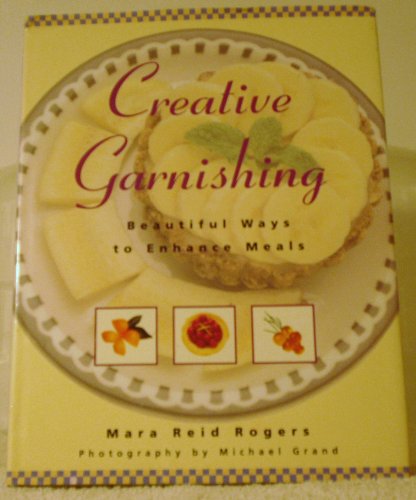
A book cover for Creative Garnishing; Mara Reid Rogers; Cookbooks, Food & Wine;